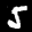
Label: 5